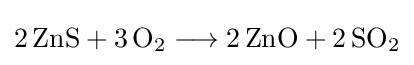
{2\,\mathrm {ZnS} {}+{}3\,\mathrm {O} {\vphantom {A}}_{\smash[{t}]{2}}{}\mathrel {\longrightarrow } {}2\,\mathrm {ZnO} {}+{}2\,\mathrm {SO} {\vphantom {A}}_{\smash[{t}]{2}}}